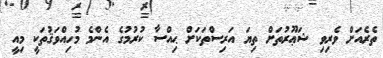
ތެރެއަށް ވެރިވި ޝަޢޫރުތަށް ތިޔަ އަރިސްތަކަށް ޙިއްސާ ކުރުމުގެ އެންމެ މުހިއްވަޤުތަކީ މިއީ